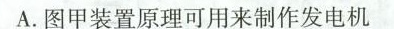
A.图甲装置原理可用来制作发电机